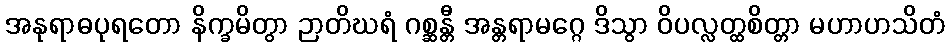
အနုရာဓပုရတော နိက္ခမိတွာ ဉာတိဃရံ ဂစ္ဆန္တီ အန္တရာမဂ္ဂေ ဒိသွာ ဝိပလ္လတ္ထစိတ္တာ မဟာဟသိတံ